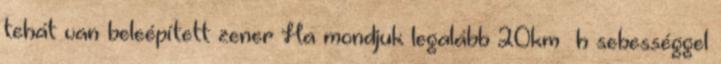
tehát van beleépített zener Ha mondjuk legalább 20km h sebességgel